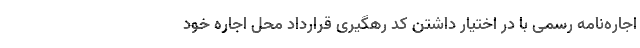
اجاره‌نامه رسمی با در اختیار داشتن کد رهگیری قرارداد محل اجاره خود